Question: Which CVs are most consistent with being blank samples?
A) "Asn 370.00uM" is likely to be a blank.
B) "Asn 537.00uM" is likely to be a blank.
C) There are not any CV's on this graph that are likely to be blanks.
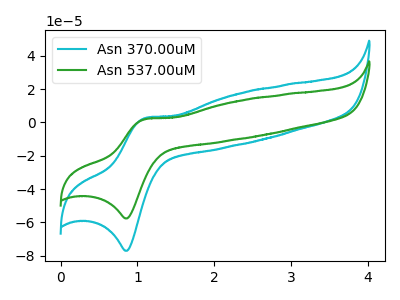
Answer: <think>The cyan curve "Asn 370.00uM" has an anodic peak at (1.10V, 2.55uA) and a cathodic peak at (0.85V, -76.95uA). The green curve "Asn 537.00uM" has an anodic peak at (1.10V, 1.90uA) and a cathodic peak at (0.85V, -57.60uA).</think>
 <answer>C) There are not any CV's on this graph that are likely to be blanks.</answer>
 <eval>C</eval>